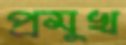
প্রমুখ